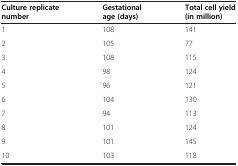
| Culture replicate number | Gestational age (days) | Total cell yield (in million) |
 | --- | --- | --- |
 | 1 | 108 | 141 |
 | 2 | 105 | 77 |
 | 3 | 108 | 115 |
 | 4 | 98 | 124 |
 | 5 | 96 | 121 |
 | 6 | 104 | 130 |
 | 7 | 94 | 113 |
 | 8 | 101 | 124 |
 | 9 | 101 | 145 |
 | 10 | 103 | 118 |